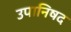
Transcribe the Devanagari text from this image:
उपानिषद